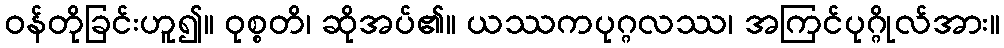
ဝန်တိုခြင်းဟူ၍။ ဝုစ္စတိ၊ ဆိုအပ်၏။ ယဿကပုဂ္ဂလဿ၊ အကြင်ပုဂ္ဂိုလ်အား။